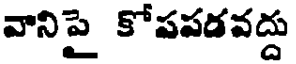
వానిపై కోపపడవద్దు